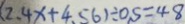
( 2 . 4 x + 4 . 5 6 ) \div 0 . 5 = 4 8